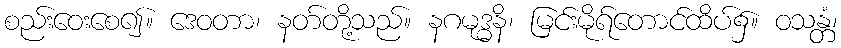
စည်းဝေးစေ၍။ ဒေဝတာ၊ နတ်တို့သည်။ နဂမုဒ္ဓနိ၊ မြင်းမိုရ်တောင်ထိပ်၌။ ဝသန္တံ၊